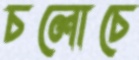
চলোচে